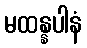
မထန္နပါနံ